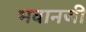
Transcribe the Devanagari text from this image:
भवानजी